Annual report of the Punjab Veterinary College and of the Civil Veterinary Department, Punjab - 1894-1908
Year: 1894
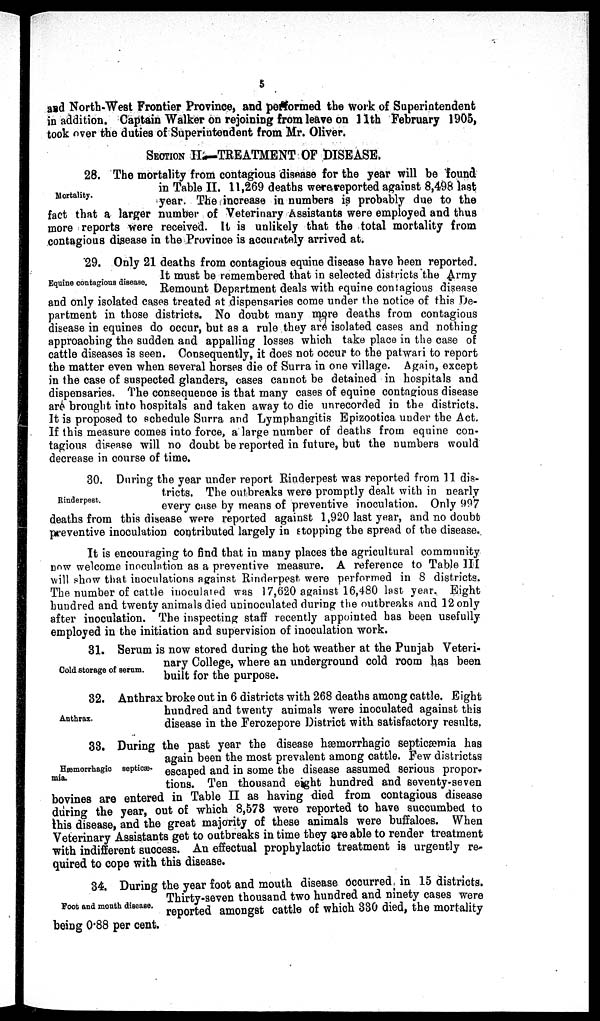
5
and North-West Frontier Province, and performed the work of Superintendent
in addition. Captain Walker on rejoining from leave on 11th February 1905,
took over the duties of Superintendent from Mr. Oliver.
SECTION II—TREATMENT OF DISEASE.
Mortality.
28. The mortality from contagious disease for the year will be found
in Table II. 11,269 deaths were reported against 8,498 last
year. The increase in numbers is probably due to the
fact that a larger number of Veterinary Assistants were employed and thus
more reports were received. It is unlikely that the total mortality from
contagious disease in the Province is accurately arrived at.
Equine contagious disease.
29. Only 21 deaths from contagious equine disease have been reported.
It must be remembered that in selected districts the Army
Remount Department deals with equine contagious disease
and only isolated cases treated at dispensaries come under the notice of this De-
partment in those districts. No doubt many more deaths from contagious
disease in equines do occur, but as a rule they are isolated cases and nothing
approaching the sudden and appalling losses which take place in the case of
cattle diseases is seen. Consequently, it does not occur to the patwari to report
the matter even when several horses die of Surra in one village. Again, except
in the case of suspected glanders, cases cannot be detained in hospitals and
dispensaries. The consequence is that many cases of equine contagious disease
are brought into hospitals and taken away to die unrecorded in the districts.
It is proposed to schedule Surra and Lymphangitis Epizootica under the Act.
If this measure comes into force, a large number of deaths from equine con-
tagious disease will no doubt be reported in future, but the numbers would
decrease in course of time.
Rinderpest.
30. During the year under report Rinderpest was reported from 11 dis-
tricts. The outbreaks were promptly dealt with in nearly
every case by means of preventive inoculation. Only 997
deaths from this disease were reported against 1,920 last year, and no doubt
preventive inoculation contributed largely in stopping the spread of the disease.
It is encouraging to find that in many places the agricultural community
now welcome inoculation as a preventive measure. A reference to Table III
will show that inoculations against Rinderpest were performed in 8 districts.
The number of cattle inoculated was 17,620 against 16,480 last year. Eight
hundred and twenty animals died uninoculated during the outbreaks and 12 only
after inoculation. The inspecting staff recently appointed has been usefully
employed in the initiation and supervision of inoculation work.
Cold storage of serum.
31. Serum is now stored during the hot weather at the Punjab Veteri-
nary College, where an underground cold room has been
built for the purpose.
Anthrax.
32. Anthrax broke out in 6 districts with 268 deaths among cattle. Eight
hundred and twenty animals were inoculated against this
disease in the Ferozepore District with satisfactory results.
Hæmorrhagic septicæ-
mia.
33. During the past year the disease hæmorrhagic septicæmia has
again been the most prevalent among cattle. Few districtss
escaped and in some the disease assumed serious propor-
tions. Ten thousand eight hundred and seventy-seven
bovines are entered in Table II as having died from contagious disease
during the year, out of which 8,573 were reported to have succumbed to
this disease, and the great majority of these animals were buffaloes. When
Veterinary Assistants get to outbreaks in time they are able to render treatment
with indifferent success. An effectual prophylactic treatment is urgently re-
quired to cope with this disease.
Foot and mouth disease.
34. During the year foot and mouth disease occurred in 15 districts.
Thirty-seven thousand two hundred and ninety cases were
reported amongst cattle of which 330 died, the mortality
being 0.88 per cent.